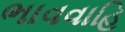
ભાવવાહિ